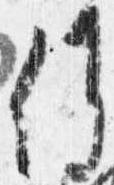
候